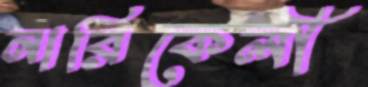
নারিকেলী